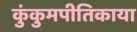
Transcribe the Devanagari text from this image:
कुंकुमपीतिकाया